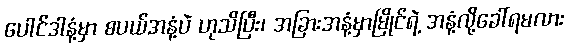
ပေါင်ဒါနံ့မှာ စပယ်အနံ့ပဲ ဟုသိပြီး၊ အခြားအနံ့မှာမြိုင်ရဲ့ အနံ့လို့ခေါ်ရမလား